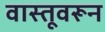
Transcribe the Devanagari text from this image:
वास्तूवरून